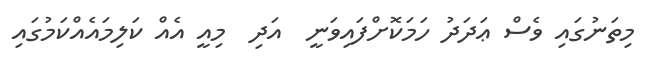
މިތަނުގައި ވެސް ޢަދަދު ހަމަކޮށްފައިވަނީ  އަދި  މިއީ އެއް ކަލިމައެއްކަމުގައި